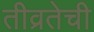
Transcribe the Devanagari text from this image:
तीव्रतेची